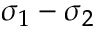
\sigma _ { 1 } - \sigma _ { 2 }